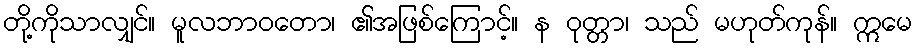
တို့ကိုသာလျှင်။ မူလဘာဝတော၊ ၏အဖြစ်ကြောင့်။ န ဝုတ္တာ၊ သည် မဟုတ်ကုန်။ ဣမေ